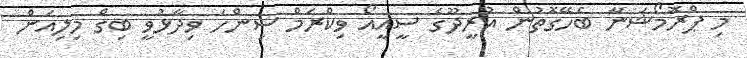
މި ޕްރޮމޯޝަނާ ބެހޭގޮތުން އުރީދޫގެ ސީއީއޯ ވިކްރަމް ސިންހަ ވިދާޅުވީ ބިގް މިލިއަން